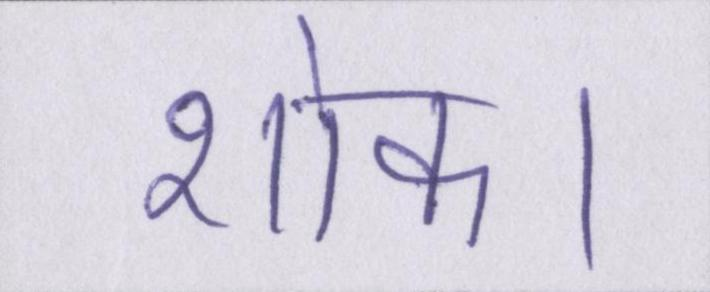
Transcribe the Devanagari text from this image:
शोक।